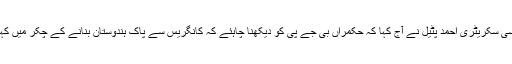
کانگریس کی صدر سونیا گاندھی کے سیاسی سکریٹری احمد پٹیل نے آج کہا کہ حکمراں بی جے پی کو دیکھنا چاہئے کہ کانگریس سے پاک ہندوستان بنانے کے چکر میں کہیں ملک بی جے پی سے پاک نہ ہو جائے۔